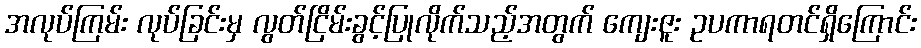
အလုပ်ကြမ်း လုပ်ခြင်းမှ လွတ်ငြိမ်းခွင့်ပြုလိုက်သည့်အတွက် ကျေးဇူး ဥပကာရတင်ရှိကြောင်း